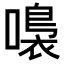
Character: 𡀮